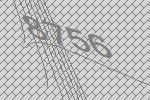
8756